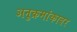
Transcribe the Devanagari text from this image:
अनुक्रमांकावर